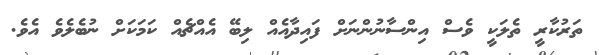
ތަރުކާރީ ތެލަކީ ވެސް އިންސާނުންނަށް ފައިދާއެއް ލިބޭ އެއްޗެއް ކަމަކަށް ނުބެލެވެ އެވެ.